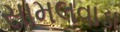
સામલવાડા